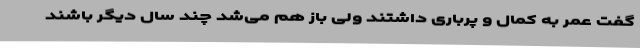
گفت عمر به کمال و پرباری داشتند ولی باز هم می‌شد چند سال دیگر باشند